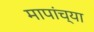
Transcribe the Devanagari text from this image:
मापांच्या